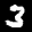
Label: 3